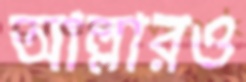
আল্লারও